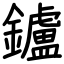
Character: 鑪